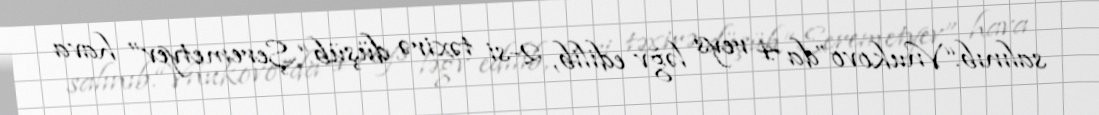
salınıb.“Vnukovo”da 4 reys ləğv edilib, 2-si təxirə düşüb.“Şeremetyev” hava